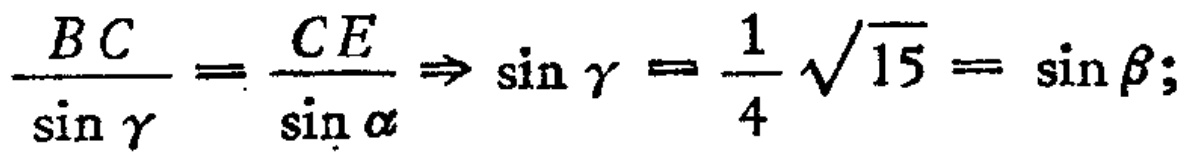
$\frac{BC}{\sin \gamma }=\frac{CE}{\sin \alpha }\Rightarrow \sin \gamma =\frac{1}{4}\sqrt{15}=\sin \beta ;$